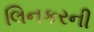
લિનકરની